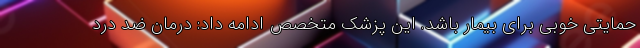
حمایتی خوبی برای بیمار باشد. این پزشک متخصص ادامه داد: درمان ضد درد